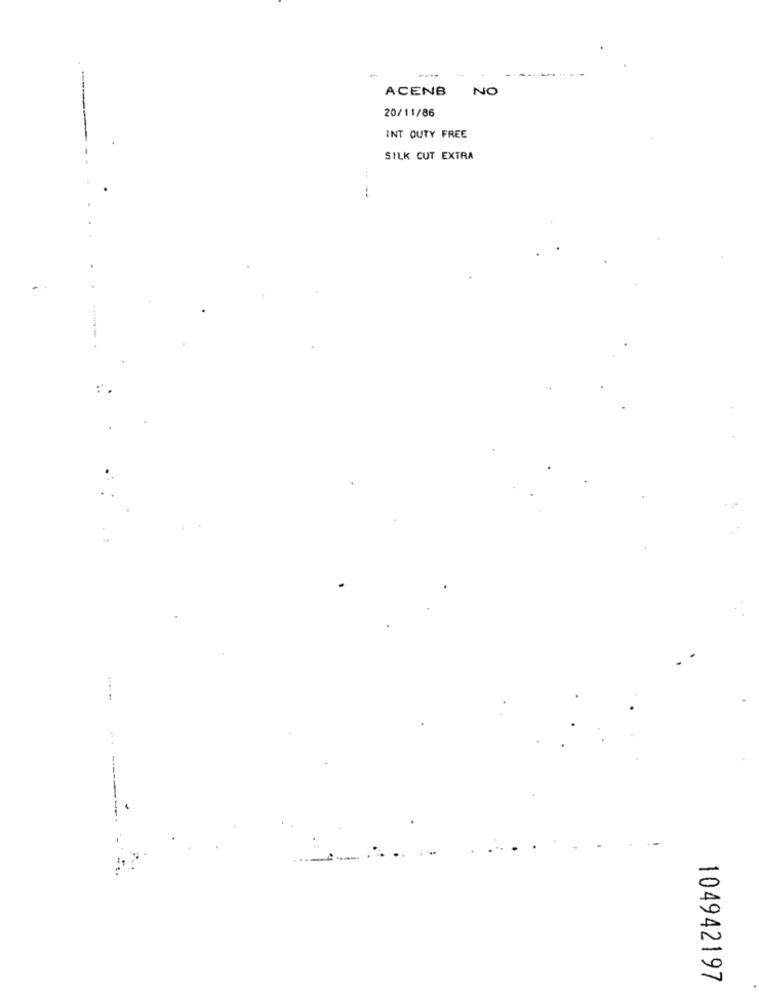
-
ACENB NO
20/11/86
INT OUTY FREE
SILK CUT EXTRA
:
--
:*
104942197